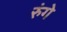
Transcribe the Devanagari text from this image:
रुंगे